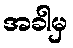
အခါမှ